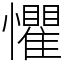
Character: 懼